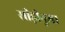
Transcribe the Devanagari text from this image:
सीड़ीनुमा